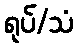
ရုပ်/သံ